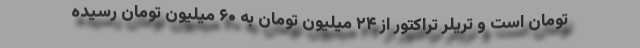
تومان است و تریلر تراکتور از ۲۴ میلیون تومان به ۶۰ میلیون تومان رسیده